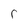
Character: r